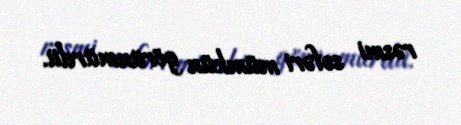
rəsmi səfəri mümkün görünmürdü.